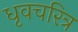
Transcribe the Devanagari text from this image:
धृवचरित्र